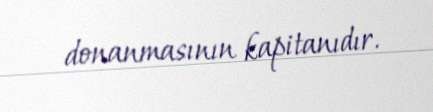
donanmasının kapitanıdır.